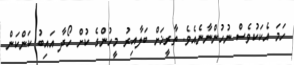
ހަމަ އެކަކުވެސް ނުހުންނާނެއެވެ. ތާރީޚަށް ބަލާއިރު މީހުންގެ ކުށް ހޯދާ އައިބު ކަންކަން